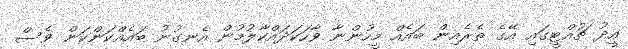
އީދު ޗުއްޓީގައި އޭގެ ތެރެއިން ބައެއް މީހުންނާ ވާހަކަދައްކާލުމުން އެނގުނު ބައެއްކަންކަން ވެސް